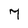
Character: 7